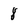
Character: 8